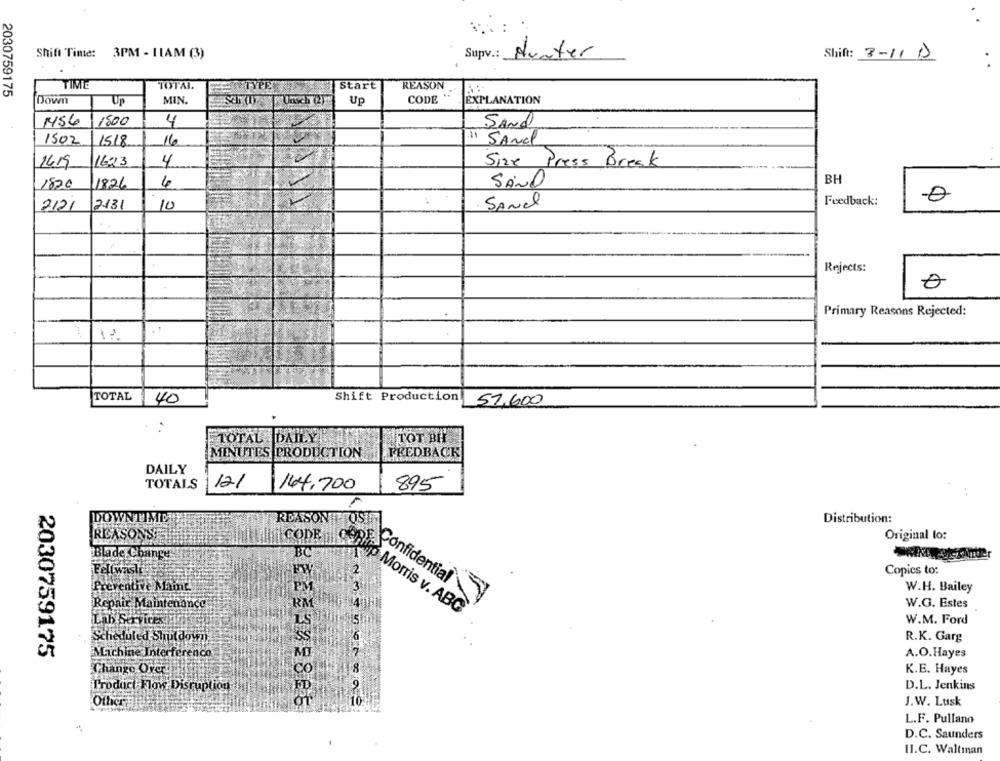
Shift Time: 3PM - ILAM (3)
Supv .: Hunter
Shift: 3-11 D
2030759175
TIME
TOTAI.
TYPE
Start
REASON
Down
MIN.
CODE
Up
Up
EXPLANATION
M56
1500
4
Sand
1502
1518
16
11 SANd
1619
1623
4
Size Press Break
BH
1820
1826
4
SAND
2131
10
..
SANel
Feedback:
2121
Rejects:
Primary Reasons Rejected:
TOTAL 40
Shift Production
57.600
TOTAL DAILY
TOT BIY
MINUTES PRODUCTION
FEEDBACK
DAILY
TOTALS
12.1
144,700
895
REASON TOSEE
DOWNTIMID
Distribution:
RICASONST
CODE
Original lo:
Blade Change
BC
Fellwaste
Copies to:
Preventive Mit
Confidential
W.H. Bailey
Repair Maintenance
ho Morris v. ABC
W.G. Estes
Lab Services
LS
W.M. Ford
Scheduled Shutdown
R.K. Garg
2030759175
Machine Interferenco
MI
A.O.Hayes
Change Over!
co
K.E. Hayes
Product Flow Disruption
D.L. Jenkins
Other
J.W. Lusk
L.F. Pullano
D.C. Saunders
II.C. Waltman